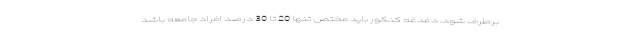
برطرف شود، دغدغه کنکور باید مختص تنها 20 تا 30 درصد افراد جامعه باشد